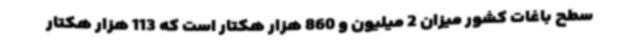
سطح باغات کشور میزان 2 میلیون و 860 هزار هکتار است که 113 هزار هکتار